Annual report of the Imperial Bacteriologist
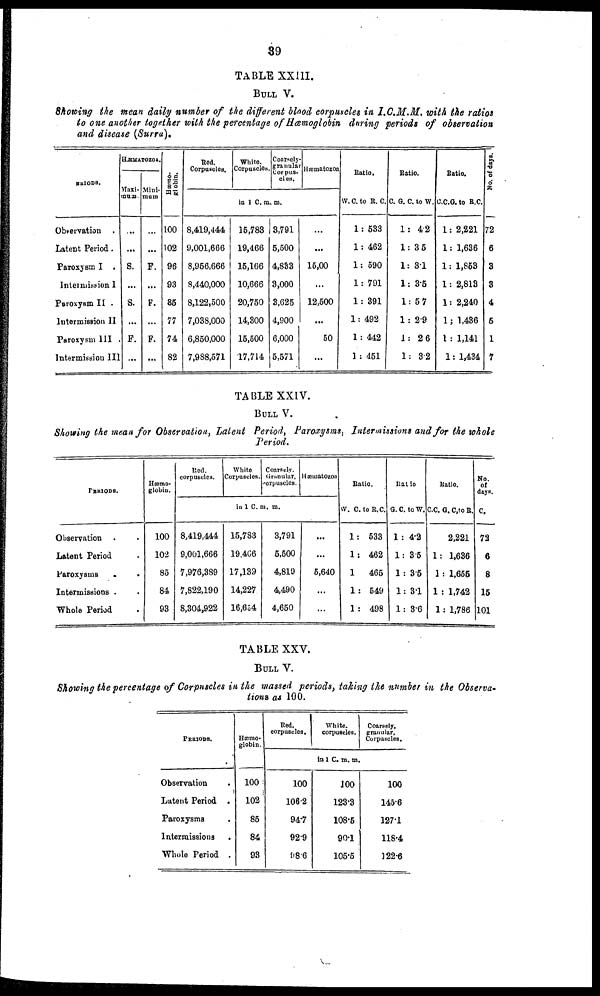
39
TABLE XXIII.
BULL V.
Showing the mean daily number of the different blood corpuscles in I.C.M.M. with the ratios
to one another together with the percentage of Hæmoglobin during periods of observation
and disease (Surra).
PERIODS.
Observation .
Latent Period.
Paroxysm I .
Intermission I
Paroxysm II .
Intermission II
Paroxysm III .
Intermission III
HÆMATOZOA.
Maxi-
mum.
...
...
S.
...
S.
...
F.
...
Mini-
mum
...
...
F.
...
F.
...
F.
...
Hæmoglobin
100
102
96
93
85
77
74
82
Red.
Corpuscles.
White.
Corpuscles
Coarsely
granular Corpus
corpus¬
cles
in 1 C.m.m.
8,419,444
9,001,666
8,956,666
8,440,000
8,122,500
7,038,000
6,850,000
7,988,571
15,783
19,466
15,166
10,666
20,750
14,300
15,500
17,714
3,791
5,500
4,833
3,000
3,625
4,900
6,000
5,571
...
...
15,00
...
12,500
...
50
...
Ratio.
W.C. to R.C.
1 : 533
1 : 462
1 : 590
1 : 791
1 : 391
1 : 492
1 : 442
1 : 451
Ratio.
C. G. C. to W.
1 : 4.2
1 : 3.5
1 : 3.1
1 : 3.5
1 : 5.7
1 : 2.9
1 : 2.6
1 : 3.2
Ratio.
C.C.G.to R.C.
1 : 2,221
1 : 1,636
1 : 1,863
1 : 2,818
1 : 2,240
1 : 1,436
1 : 1,141
1 : 1,434
No. of days
72
6
3
3
4
5
1
7
TABLE XXIV.
BULL V.
Showing the mean for Observation, Latent Period, Paroxysms, Intermissions and for the whole
Period.
PERIODS.
Observation .
Latent Period
Paroxysms
.
.
Intermissions .
Whole Period
Hæmo¬
globin.
100
102
85
84
93
Rod.
corpuscles.
White
Corpuscles.
Coarsely.
Granular,
corpuscles.
Hæmatozon
in
1
C.m. m.
8,419,444
9,001,666
7,976,389
7,822,190
8,304,922
15,783
19,466
17,139
14,227
16,654
3,791
5,500
4,819
4,490
4,650
...
...
5,640
...
...
Ratio.
IV. C. to R.C.
1 : 533
1 : 462
1 : 465
1 : 549
1 : 498
Ratio
G.C. to W.
1 : 4.2
1 : 3.5
1 : 3.5
1 : 3.1
1 : 3.6
Ratio.
C.C. G. C. to R.
2,221
1 : 1,636
1 : 1,655
1 : 1,742
1 : 1,786
No.
of
days.
c.
72
6
8
15
101
TABLE XXV.
BULL V.
Showing the percentage of Corpuscles in the massed periods, taking the number in the Observa-
tions as 100.
PERIODS.
Observation
Latent Period .
Paroxysms
Intermissions
.
Whole Period .
Hæmo¬
globin.
100
102
85
84
93
Red.
corpuscles.
100
106.2
94.7
92.9
98.6
White.
corpuscles.
in 1 C. m. m.
100
123.3
108.5
90.1
105.5
Coarsely,
granular,
Corpuscles.
100
145.6
127.1
118.4
122.6